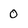
Character: 0